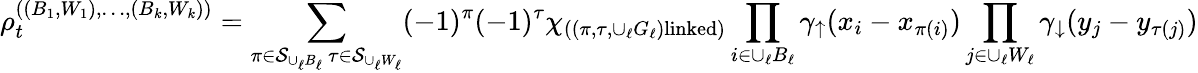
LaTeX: \rho_{t}^{((B_{1},W_{1}),\ldots,(B_{k},W_{k}))}=\sum_{\substack{\pi\in\mathcal{S}_{\cup_{\ell}B_{\ell}}\, \tau\in\mathcal{S}_{\cup_{\ell}W_{\ell}}}}(-1)^{\pi}(-1)^{\tau}\chi_{((\pi,\tau,\cup_{\ell}G_{\ell})\textnormal{linked})}\prod_{i\in\cup_{\ell}B_{\ell}}\gamma_{\uparrow}(x_{i}-x_{\pi(i)})\prod_{j\in\cup_{\ell}W_{\ell}}\gamma_{\downarrow}(y_{j}-y_{\tau(j)})